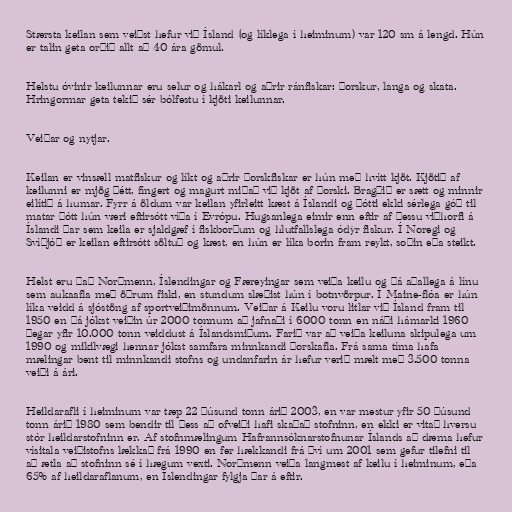
Stærsta keilan sem veiðst hefur við Ísland (og líklega í heiminum) var 120 sm á lengd. Hún
er talin geta orðið allt að 40 ára gömul.

Helstu óvinir keilunnar eru selur og hákarl og aðrir ránfiskar: þorskur, langa og skata.
Hringormar geta tekið sér bólfestu í kjöti keilunnar.

Veiðar og nytjar.

Keilan er vinsæll matfiskur og líkt og aðrir þorskfiskar er hún með hvítt kjöt. Kjötið af
keilunni er mjög þétt, fíngert og magurt miðað við kjöt af þorski. Bragðið er sætt og minnir
eilítið á humar. Fyrr á öldum var keilan yfirleitt kæst á Íslandi og þótti ekki sérlega góð til
matar þótt hún væri eftirsótt víða í Evrópu. Hugsanlega eimir enn eftir af þessu viðhorfi á
Íslandi þar sem keila er sjaldgæf í fiskborðum og hlutfallslega ódýr fiskur. Í Noregi og
Svíþjóð er keilan eftirsótt söltuð og kæst, en hún er líka borin fram reykt, soðin eða steikt.

Helst eru það Norðmenn, Íslendingar og Færeyingar sem veiða keilu og þá aðallega á línu
sem aukaafla með öðrum fiski, en stundum slæðist hún í botnvörpur. Í Maine-flóa er hún
líka veidd á sjóstöng af sportveiðimönnum. Veiðar á Keilu voru litlar við Ísland fram til
1950 en þá jókst veiðin úr 2000 tonnum að jafnaði í 6000 tonn en náði hámarki 1960
þegar yfir 10.000 tonn veiddust á Íslandsmiðum. Farið var að veiða keiluna skipulega um
1990 og mikilvægi hennar jókst samfara minnkandi þorskafla. Frá sama tíma hafa
mælingar bent til minnkandi stofns og undanfarin ár hefur verið mælt með 3.500 tonna
veiði á ári.

Heildarafli í heiminum var tæp 22 þúsund tonn árið 2003, en var mestur yfir 50 þúsund
tonn árið 1980 sem bendir til þess að ofveiði hafi skaðað stofninn, en ekki er vitað hversu
stór heildarstofninn er. Af stofnmælingum Hafrannsóknarstofnunar Íslands að dæma hefur
vísitala veiðistofns lækkað frá 1990 en fer hækkandi frá því um 2001 sem gefur tilefni til
að ætla að stofninn sé í hægum vexti. Norðmenn veiða langmest af keilu í heiminum, eða
65% af heildaraflanum, en Íslendingar fylgja þar á eftir.